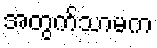
အတွက်သာမက